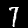
Digit: 7